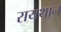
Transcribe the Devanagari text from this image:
रायथान